Anatomy and histology of ticks - Number 23
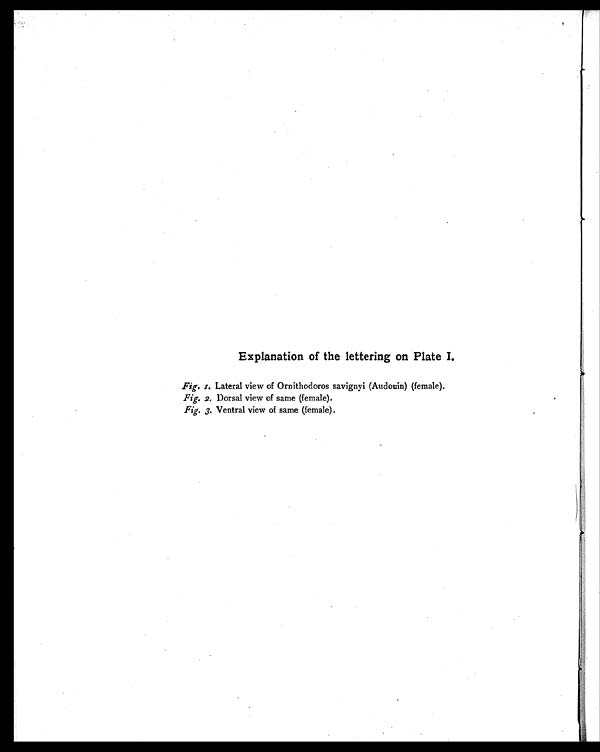
Explanation of the lettering on Plate I.
Fig. 1. Lateral view of Ornithodoros savignyi (Audouin) (female).
Fig. 2. Dorsal view of same (female).
Fig. 3. Ventral view of same (female).